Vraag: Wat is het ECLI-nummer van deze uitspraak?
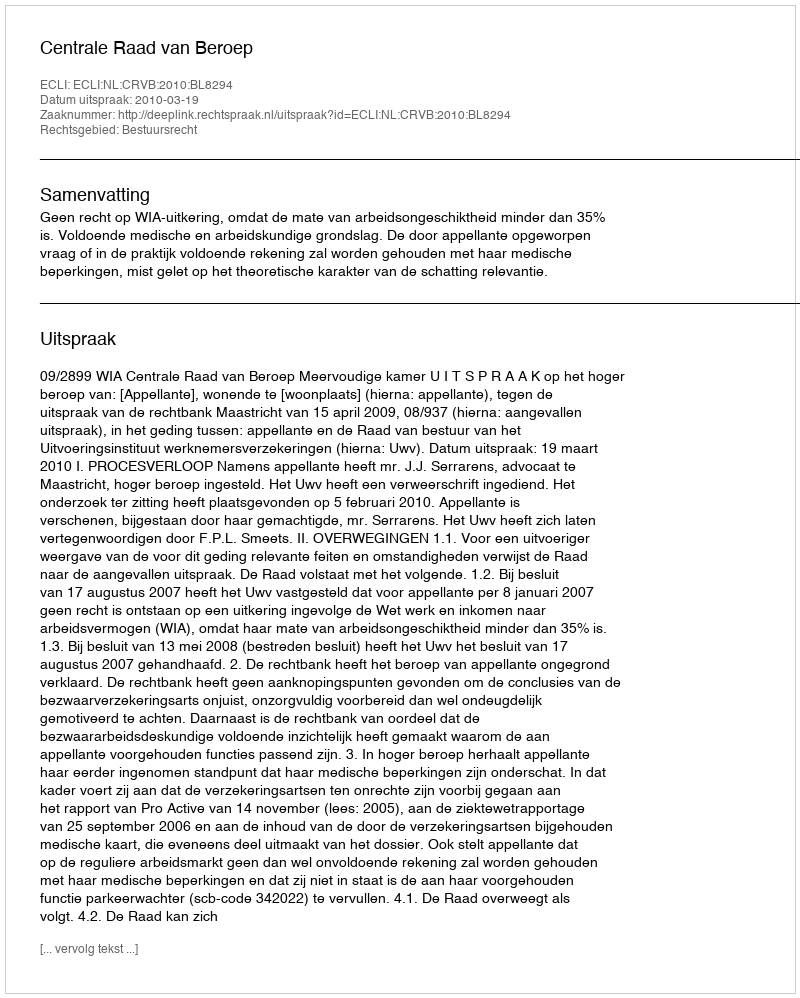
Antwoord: ECLI:NL:CRVB:2010:BL8294